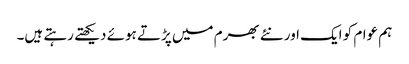
ہم عوام کو ایک اور نئے بھرم میں پڑتے ہوئے دیکھتے رہتے ہیں۔